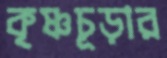
কৃষ্ণচূড়ার